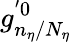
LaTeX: g_{n_{\eta}/N_{\eta}}^{'0}